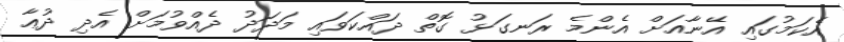
އެކަމުގައި އޭނާއަށް އެންމެ ރަނގަޅު ގޮތް ދައްކަވައި މަދަދު ދެއްވުމަށް އެދި ދުޢާ